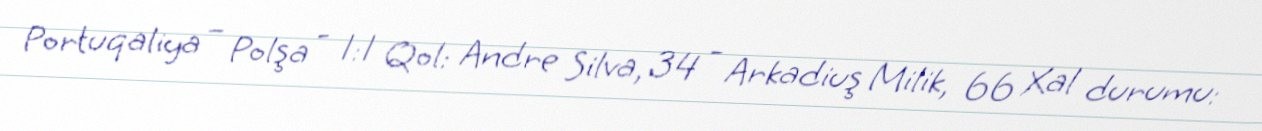
Portuqaliya – Polşa - 1:1 Qol: Andre Silva, 34 - Arkadiuş Milik, 66 Xal durumu: